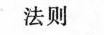
法则